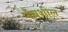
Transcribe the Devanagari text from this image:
पँचशील